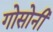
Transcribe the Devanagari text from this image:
गोसोनी